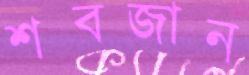
শবজান